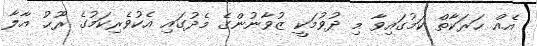
އެއް ޙަރަކާތް ކަމުގައިވާ މި ދުވުމަކީ ޒުވާނުންގެ މެދުގައި އެކުވެރިކަމުގެ ރޫޙު އާލާ